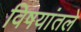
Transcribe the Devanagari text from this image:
विषयांतले